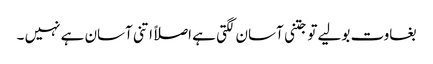
بغاوت بولیے تو جتنی آسان لگتی ہے اصلاً اتنی آسان ہے نہیں ۔